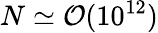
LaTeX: N\simeq\mathcal{O}(10^{12})